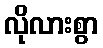
လိုလားစွာ